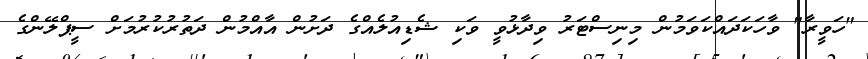
"ހަވީރާ" ވާހަކަދައްކަވަމުން މިނިސްޓަރު ވިދާޅުވީ ވަކި ޝެޑިއުލެއްގެ ދަށުން އާއްމުން ދަތުރުކުރުމަށް ސީޕްލޭންގެ